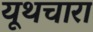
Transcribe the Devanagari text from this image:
यूथचारा